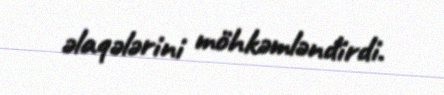
əlaqələrini möhkəmləndirdi.